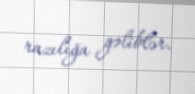
razılığa gəliblər.